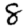
Digit: 8